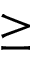
\geq